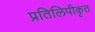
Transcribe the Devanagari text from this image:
प्रतिलिपीकृत